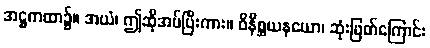
အဋ္ဌကထာ၌။ အယံ၊ ဤဆိုအပ်ပြီးကား။ ဝိနိစ္ဆယနယော၊ ဆုံးဖြတ်ကြောင်း